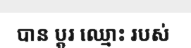
បាន ប្តូរ ឈ្មោះ របស់